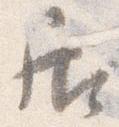
居